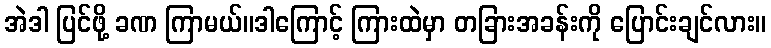
အဲဒါ ပြင်ဖို့ ခဏ ကြာမယ်။ဒါကြောင့် ကြားထဲမှာ တခြားအခန်းကို ပြောင်းချင်လား။